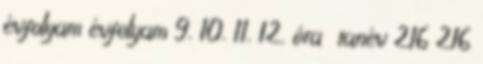
évfolyam évfolyam 9. 10. 11. 12. óra tanév 216 216